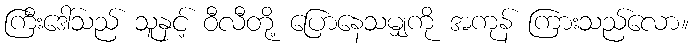
ကြီးဒေါ်သည် သူနှင့် ဝီလီတို့ ပြောနေသမျှကို အကုန် ကြားသည်လော။